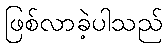
ဖြစ်လာခဲ့ပါသည်